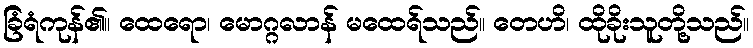
ခြံရံကုန်၏။ ထေရော၊ မောဂ္ဂလာန် မထေရ်သည်။ တေဟိ၊ ထိုခိုးသူတို့သည်။